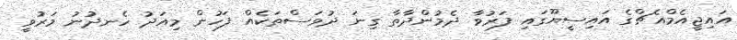
އައިޖީއެމްއެޗްގެ އައިސީޔޫގައި ފަރުވާ ދެމުންދާތާ ގިނަ ދުވަސްތަކެއް ފަހުން މިއަދު ހެނދުނު މަރުވީ